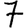
Digit: 7